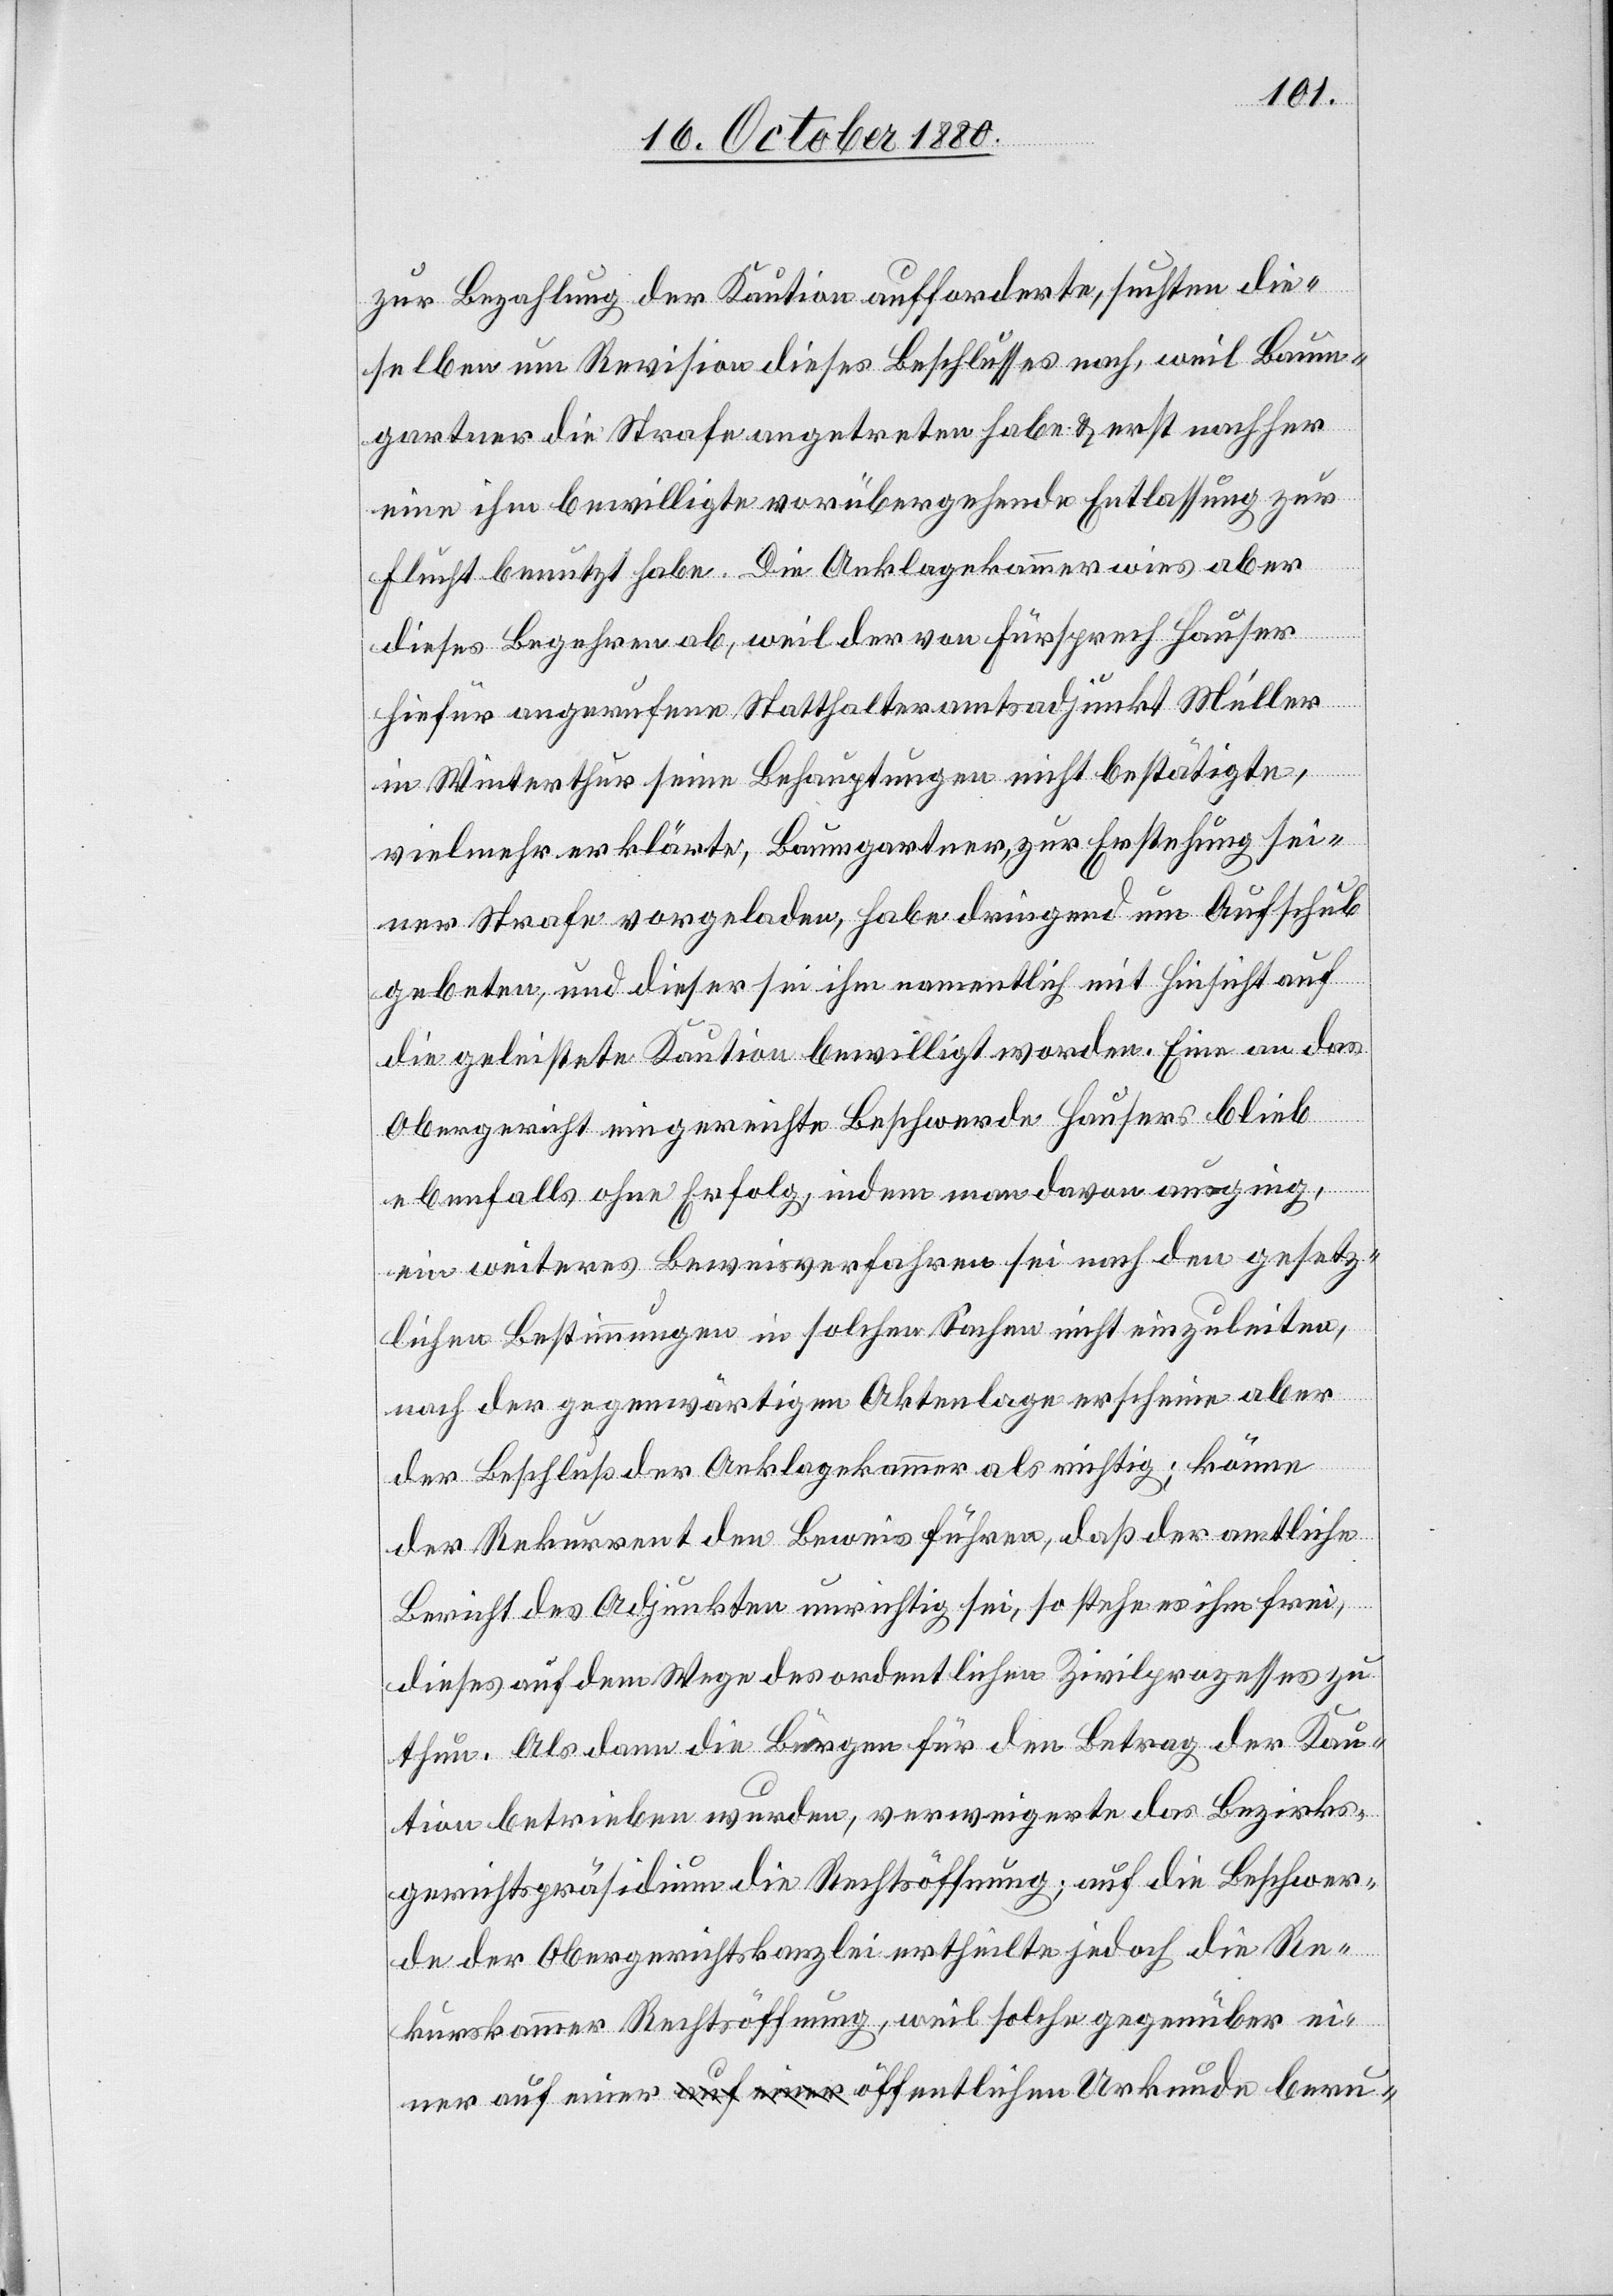
zur Bezahlung der Kaution aufforderte, suchten die¬
selben um Revision dieses Beschlusses nach, weil Baum¬
gartner die Strafe angetreten habe & erst nachher
eine ihm bewilligte vorübergehende Entlassung zur
Flucht benutzt habe. Die Anklagekammer wies aber
dieses Begehren ab, weil der von Fürsprech Hauser
hiefür angerufene Statthalteramtsadjunkt Müller
in Winterthur seine Behauptungen nicht bestätigte,
vielmehr erklärte, Baumgartner zur Erstehung sei¬
ner Strafe vorgeladen, habe dringend um Aufschub
gebeten, und dieser sei ihm namentlich mit Hinsicht auf
die geleistete Kaution bewilligt worden. Eine an das
Obergericht eingereichte Beschwerde Hausers blieb
ebenfalls ohne Erfolg, indem man davon ausging,
ein weiteres Beweisverfahren sei nach den gesetz¬
lichen Bestimmungen in solchen Sachen nicht einzuleiten,
nach der gegenwärtigen Aktenlage erscheine aber
der Beschluß der Anklagekammer als richtig; könne
der Rekurrent den Beweis führen, daß der amtliche
Bericht des Adjunkten unrichtig sei, so stehe es ihm frei,
dieses auf dem Wege des ordentlichen Zivilprozesses zu
thun. Als dann die Bürgen für den Betrag der Kau¬
tion betrieben wurden, verweigerte das Bezirks¬
gerichtspräsidium die Rechtsöffnung; auf die Beschwer¬
de der Obergerichtskanzlei ertheilte jedoch die Re¬
kurskammer Rechtsöffnung, wie solche gegenüber einer